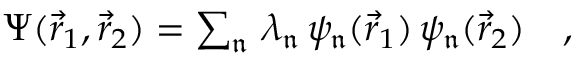
\begin{array} { r } { \Psi ( \vec { r } _ { 1 } , \vec { r } _ { 2 } ) = \sum _ { \mathfrak { n } } \, \lambda _ { \mathfrak { n } } \, \psi _ { \mathfrak { n } } ( \vec { r } _ { 1 } ) \, \psi _ { \mathfrak { n } } ( \vec { r } _ { 2 } ) \quad , } \end{array}